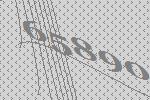
65890